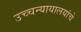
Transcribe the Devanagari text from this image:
उच्चन्यायालयांचे